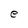
Character: e